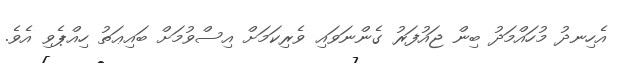
އެހިނދު މުހައްމަދު ބިން ޖައުފަރު ގެންނަވައި ވެރިކަމަށް އިސްވުމަށް ބައިޢަތު ހިއްޕެވި އެވެ.